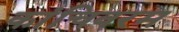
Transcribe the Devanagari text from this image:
कांचिवरम